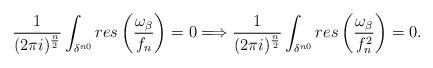
LaTeX: \begin{align*} \frac{1}{(2\pi i)^{\frac{n}{2}}}\int_{\delta^{n0}} res\left(\frac{\omega_\beta}{f_n}\right)=0 \Longrightarrow \frac{1}{(2\pi i)^{\frac{n}{2}}}\int_{\delta^{n0}} res\left(\frac{\omega_\beta}{f_n^2}\right)=0. \end{align*}